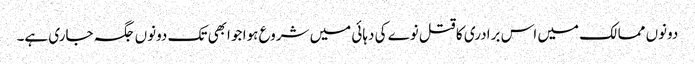
دونوں ممالک میں اس برادری کا قتل نوے کی دہائی میں شروع ہوا جو ابھی تک دونوں جگہ جاری ہے۔